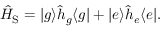
\hat { H } _ { \mathrm { S } } = | g \rangle \hat { h } _ { g } \langle g | + | e \rangle \hat { h } _ { e } \langle e | .